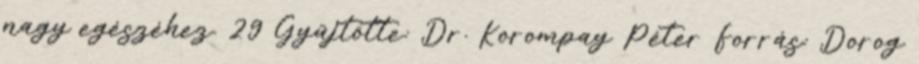
nagy egészéhez. 29 Gyűjtötte: Dr. Korompay Péter Forrás: Dorog